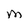
Character: M